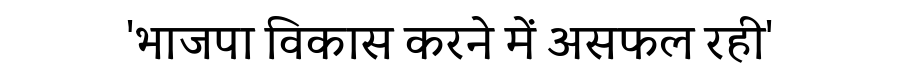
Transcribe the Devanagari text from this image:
'भाजपा विकास करने में असफल रही'